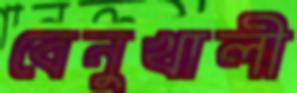
বেনুখালী